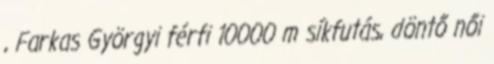
, Farkas Györgyi férfi 10000 m síkfutás, döntő női